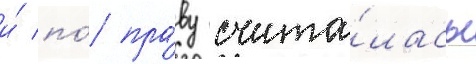
и́ по́ пра́ву счита́лась